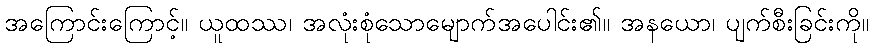
အကြောင်းကြောင့်။ ယူထဿ၊ အလုံးစုံသောမျောက်အပေါင်း၏။ အနယော၊ ပျက်စီးခြင်းကို။